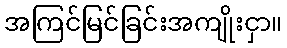
အကြင်မြင်ခြင်းအကျိုးငှာ။